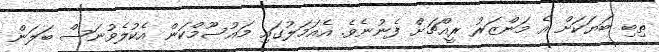
ތިބި ބަޔަކަށް އެ މަންޒަރު ރީއްޗަށް ފެނުނެވެ. އެއަމަލުގައި މައުސޫމްކަން އެކުލެވުނަސް ބަލަން